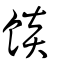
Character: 餤